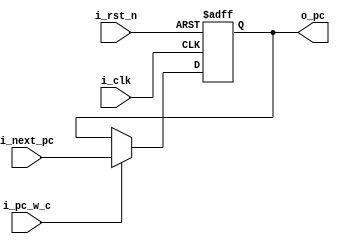
`timescale 1ns / 1ps

module PC(o_pc, i_next_pc, i_clk, i_rst_n, i_pc_w_c);
	input [31:0] i_next_pc;
	input i_clk, i_rst_n, i_pc_w_c;
	output reg [31:0] o_pc;
	
	always@(posedge i_clk or negedge i_rst_n)begin
		if(!i_rst_n)
			o_pc <= 0;
		else begin		
			if(i_pc_w_c)
				o_pc <= i_next_pc;
		end
	end
endmodule